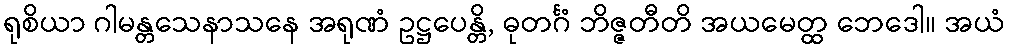
ရုစိယာ ဂါမန္တသေနာသနေ အရုဏံ ဥဋ္ဌပေန္တိ, ဓုတင်္ဂံ ဘိဇ္ဇတီတိ အယမေတ္ထ ဘေဒေါ။ အယံ